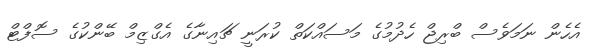
އެހެން ނަމަވެސް ބްރިޖް ހެދުމުގެ މަސައްކަތް ކުރަނީ ޗައިނާގެ އެގްޒިމް ބޭންކުގެ ސޮފްޓް